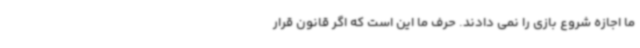
ما اجازه شروع بازی را نمی دادند. حرف ما این است که اگر قانون قرار